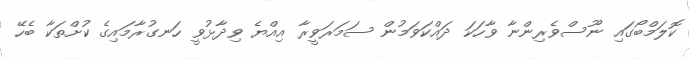
ކޮލަމްބޯގައި ނޫސްވެރިންނާ ވާހަކަ ދައްކަަވަމުން ސަމަރަވީރާ އިއްޔެ ވިދާޅުވީ ހަނގުރާމައިގެ ކުށްތަކާ ބެހޭ